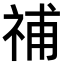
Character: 𥙷